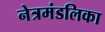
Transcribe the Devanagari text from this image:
नेत्रमंडलिका